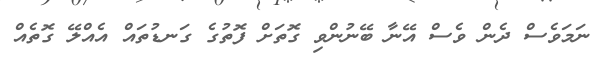
ނަމަވެސް ދެން ވެސް އޭނާ ބޭނުންވި ގޮތަށް ފޮތުގެ ގަނޑުތައް އެއްލޭ ގޮތެއް